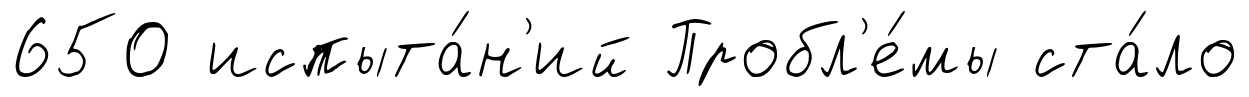
650 испыта́н'ий Пробл'е́мы ста́ло